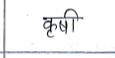
मजकूर: कृषी